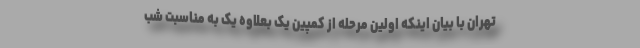
تهران با بیان اینکه اولین مرحله از کمپین یک بعلاوه یک به مناسبت شب